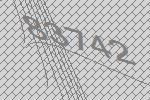
83742